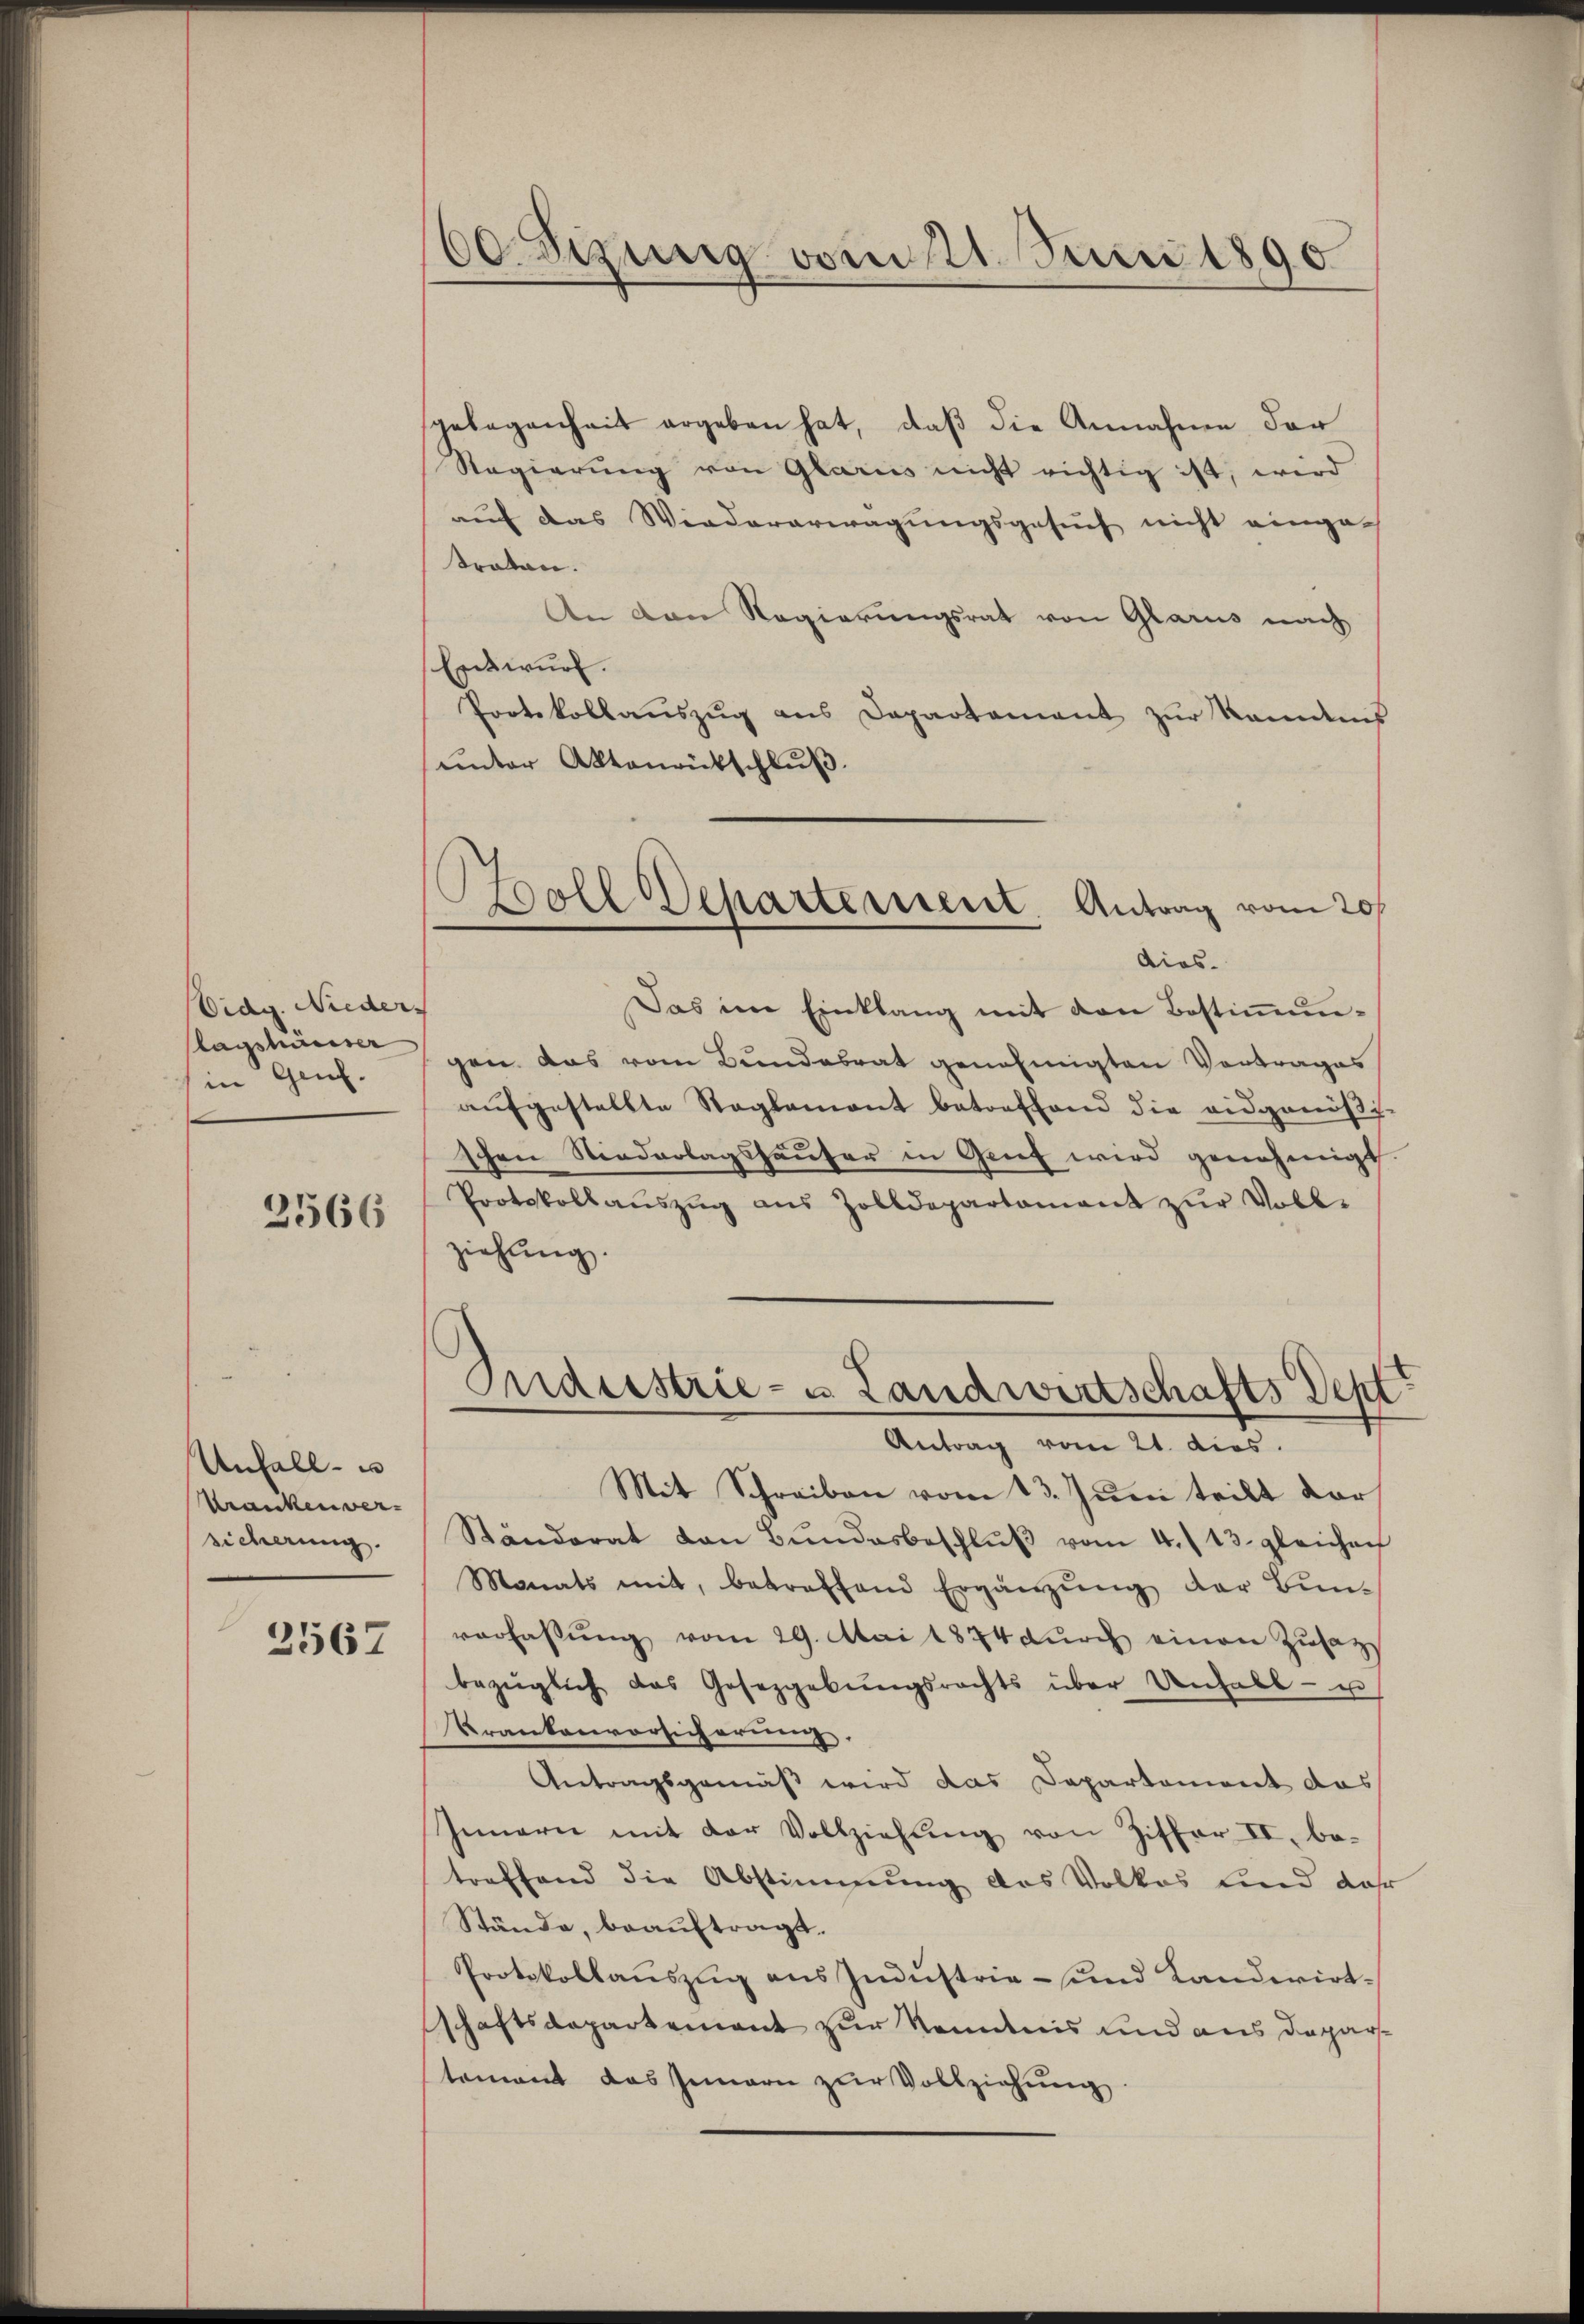
Eidg. Nieder
lagshauser
in Genf.
2566

Unfall
Kranken ver-
sicherung.
2567

60. Seinig vom 21. Juni 1890.

Woll Departement. Antrag vom 20s
dios.

gelegenheit ergeben hat, daβ die Annahme der
Regierung von Glarus nicht richtig ist, wird
auf das Wiederarwägungsgesuch nicht eingetraten.
An den Regierungsrat von Glarus nach
Entwurf.
Protokollaŭszŭg ans Departament zŭr Ramdnis
unter Aktenrütschluß.
Das im Einklang mit den Bestiṁun-
gen das vom Bundesrat genehmigten Vortrages
aufgestellte Reglement betreffend die eidgenößischen Niederlagshaufer in Genf wird genehmigt
Protokoll aŭszŭg aŭs Zolldepartament zŭr Voll-
ziehung
Indestrie- u Landwirtschafts Sept
Antrag vom 21. dies
Mit Schreiben vom 13. Juni teilt dar
Ständerat den Bŭndesbeschlŭβ vom 4./13. gleichen
Monats mit, betreffend Ergänzŭng der Bŭn-
verfassung vom 29. Mai 1874 durch einen Zusatz
bezüglich das Gesetzgebŭngsrechts über Unfall- u
Krankenvorsicherung,
Antragsgemäß wird das Departement das
Innern mit der Vollziehung von Ziffer II. be-
treffend die Abstimmung des Volkes und da
Stände, beauftragt.
Protokollauszug aus Industrie- und Landwirtschaftsdepartement zur Kenntnis und aus Departement das Innern zur Vollziehung